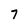
Character: 7